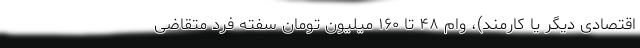
اقتصادی دیگر یا کارمند)، وام ۴۸ تا ۱۶۰ میلیون تومان سفته فرد متقاضی